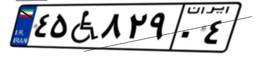
۹۲W۰۳۶۲۱